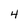
Character: 4